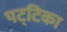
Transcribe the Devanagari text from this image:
पट्‌टिका